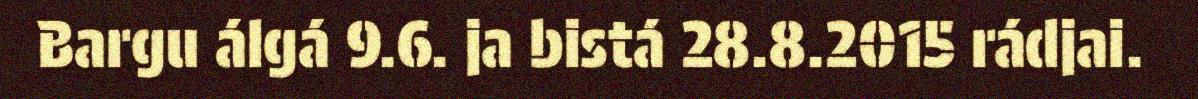
Bargu álgá 9.6. ja bistá 28.8.2015 rádjai.